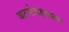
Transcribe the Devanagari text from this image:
बटाटेवड्याला